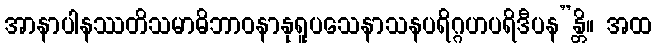
အာနာပါနဿတိသမာဓိဘာဝနာနုရူပသေနာသနပရိဂ္ဂဟပရိဒီပန”န္တိ။ အထ